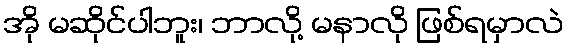
အို မဆိုင်ပါဘူး၊ ဘာလို့ မနာလို ဖြစ်ရမှာလဲ